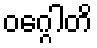
ဝဂ္ဂေါတိ